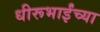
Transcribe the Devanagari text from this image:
धीरूभाईंच्या